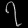
Digit: ၇